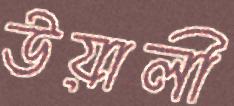
উয়ালী